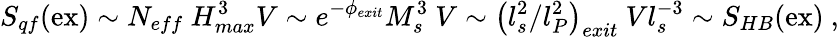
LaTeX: S_{qf}(\mathrm{ex})\sim N_{eff}~H_{max}^{3}V\sim e^{-\phi_{exit}}M_{s}^{3}~V\sim\left(l_{s}^{2}/l_{P}^{2}\right)_{exit}~Vl_{s}^{-3}\sim S_{HB}(\mathrm{ex})~,